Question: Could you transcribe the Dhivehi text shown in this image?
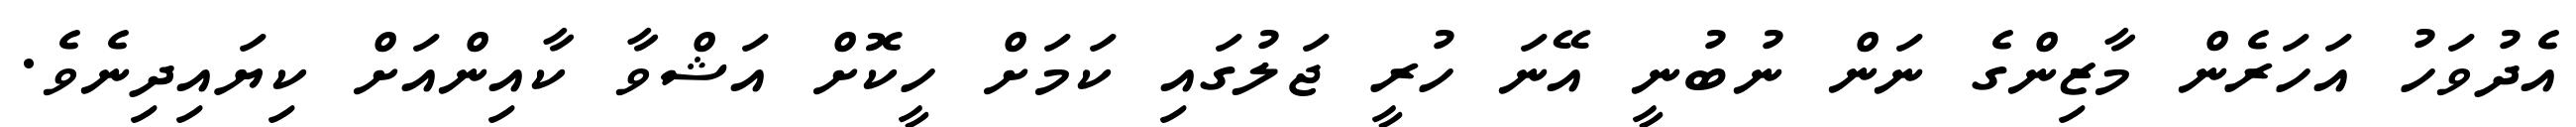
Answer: އެދުވަހު އަހަރެން މާޒިންގެ ނަން ނުބުނީ އޭނަ ހުރީ ޖަލުގައި ކަމަށް ހީކޮށް އަޝްވާ ކާއިންއަށް ކިޔައިދިނެވެ.